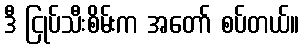
ဒီ ငြုပ်သီးစိမ်းက အတော် စပ်တယ်။